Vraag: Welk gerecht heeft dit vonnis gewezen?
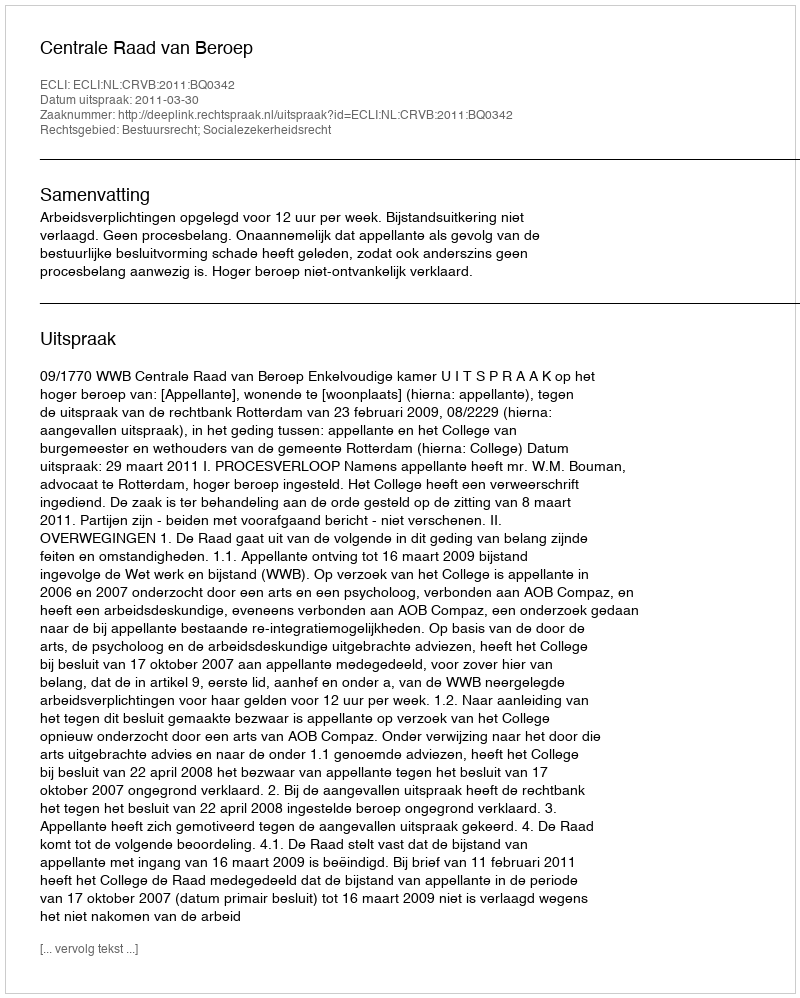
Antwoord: Centrale Raad van Beroep